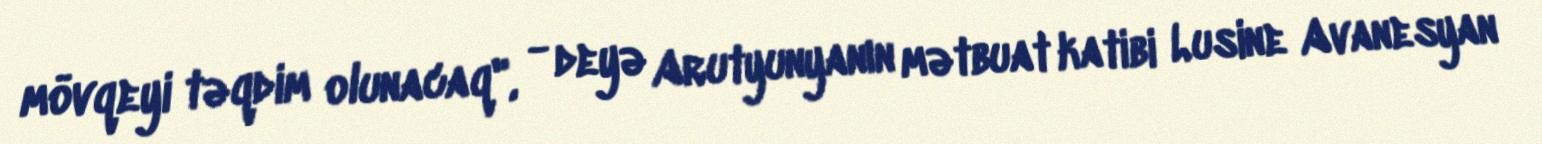
mövqeyi təqdim olunacaq", - deyə Arutyunyanın mətbuat katibi Lusine Avanesyan